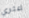
اعثري